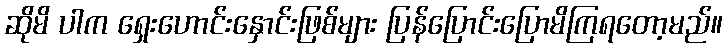
ဆိုမိ ပါက ရှေးဟောင်းနှောင်းဖြစ်များ ပြန်ပြောင်းပြောမိကြရတော့မည်။